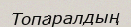
Топаралдың